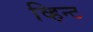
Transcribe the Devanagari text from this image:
व्हिन्ट